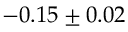
- 0 . 1 5 \pm 0 . 0 2